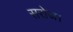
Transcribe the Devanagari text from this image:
सरोज।